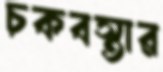
চকবস্তার